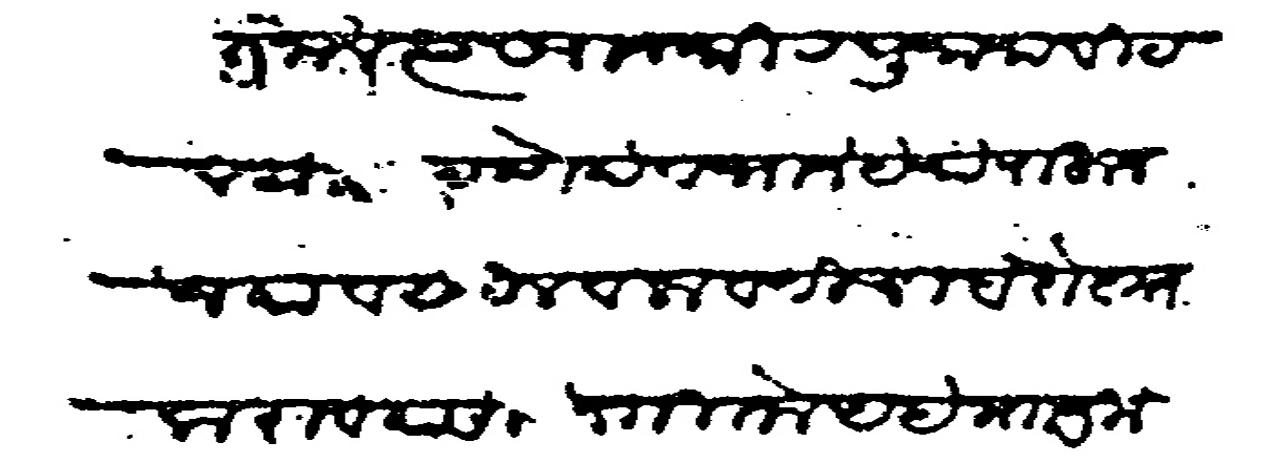
Transliteration (Devanagari): विदीत जाले त्यास राजश्री रघुनाथ विठल यास ठाणे देनभाने येथे राहून जमा वसुल व लावणीचा बंदोबस्त करावयासी सांगितला आहे पाटलापासी